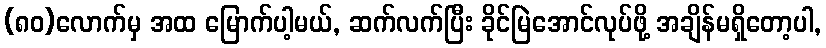
(၈၀)လောက်မှ အထ မြောက်ပါ့မယ်, ဆက်လက်ပြီး ခိုင်မြဲအောင်လုပ်ဖို့ အချိန်မရှိတော့ပါ,